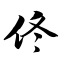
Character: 佟